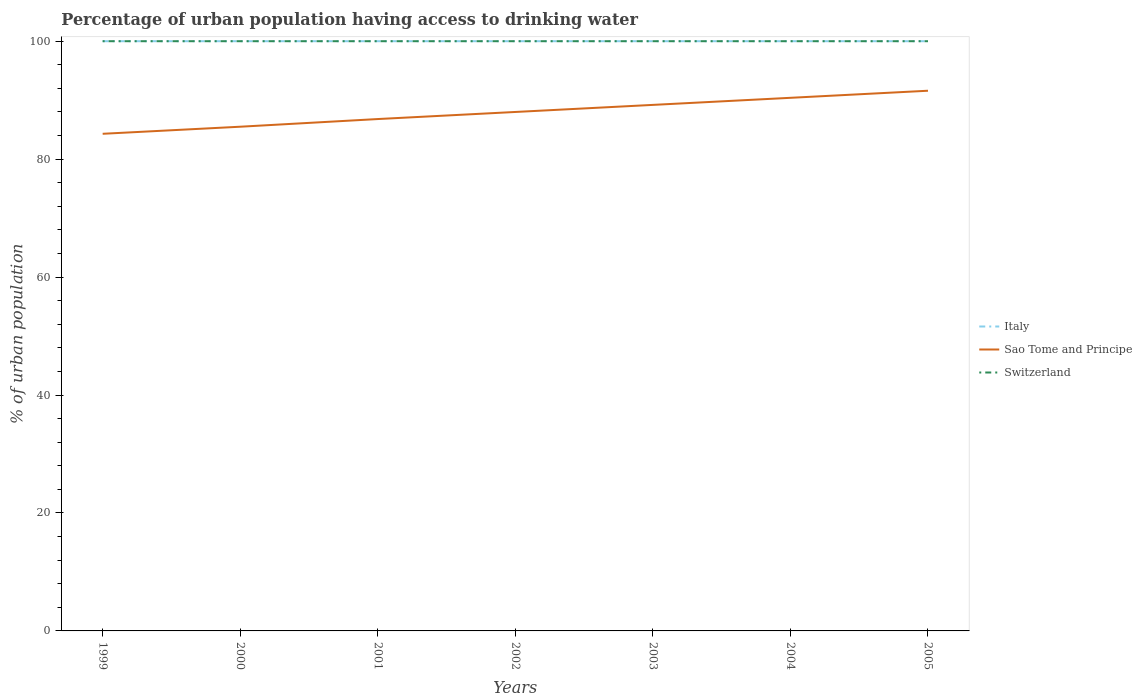
| Years | Italy | Sao Tome and Principe | Switzerland |
 | --- | --- | --- | --- |
 | 1999 | 100 | 84.3 | 100 |
 | 2000 | 100 | 85.5 | 100 |
 | 2001 | 100 | 86.8 | 100 |
 | 2002 | 100 | 88 | 100 |
 | 2003 | 100 | 89.2 | 100 |
 | 2004 | 100 | 90.4 | 100 |
 | 2005 | 100 | 91.6 | 100 |